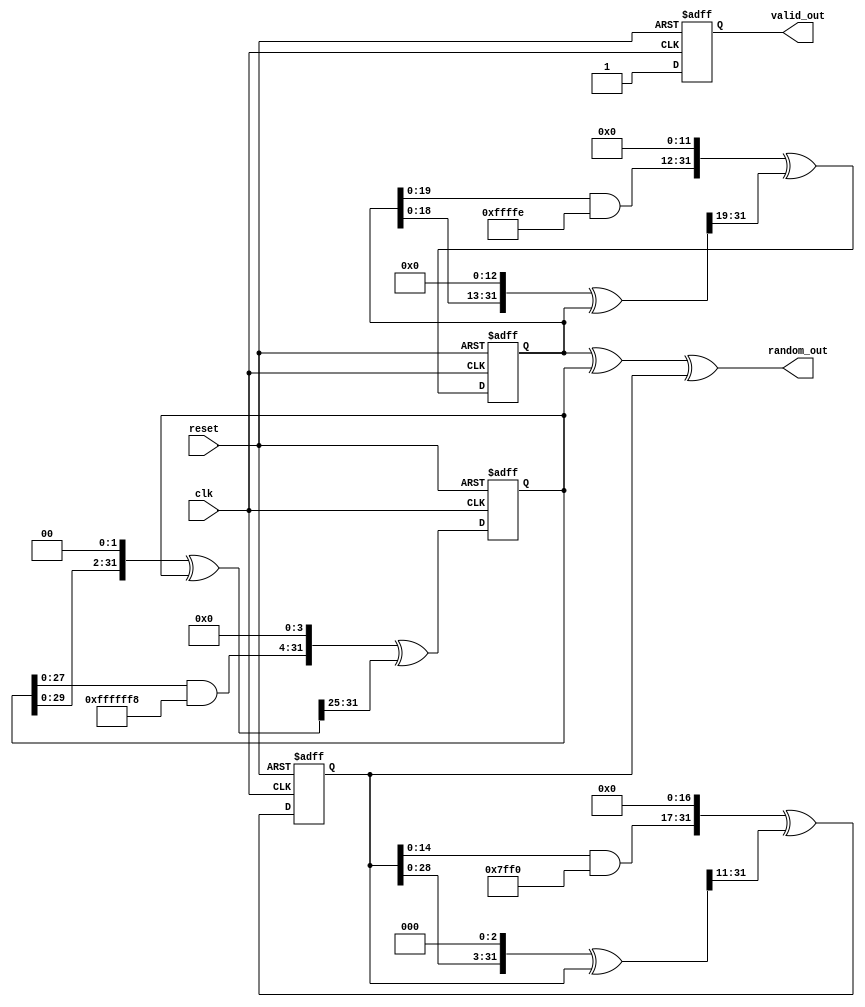
module tausworth (

  input    clk,
  input    reset,
  
  output [31:0]  random_out,
  output reg     valid_out
);

parameter S0 = 32'hffffffff;
parameter S1 = 32'hcccccccc;
parameter S2 = 32'h00ff00ff;

wire [31:0] b1,b2,b3;
wire [31:0] next_S0, next_S1, next_S2;
reg  [31:0] S0_reg, S1_reg, S2_reg;

assign b1      = (((S0_reg << 13) ^ S0_reg) >> 19);
assign next_S0 = (((S0_reg & 32'hfffffffe) << 12) ^ b1);
assign b2      = (((S1_reg << 2 ) ^ S1_reg) >> 25);
assign next_S1 = (((S1_reg & 32'hfffffff8) << 4 ) ^ b2);
assign b3      = (((S2_reg << 3 ) ^ S2_reg) >> 11);
assign next_S2 = (((S2_reg & 32'hfffffff0) << 17) ^ b3);

assign random_out = S0_reg ^ S1_reg ^ S2_reg;

always @(posedge clk or posedge reset)
  if (reset)
  begin
    S0_reg <= S0;
    S1_reg <= S1;
    S2_reg <= S2;
    valid_out <= 1'b0;
  end
  else
  begin 
    S0_reg <= next_S0;
    S1_reg <= next_S1;
    S2_reg <= next_S2;
    valid_out <= 1'b1;
  end

endmodule